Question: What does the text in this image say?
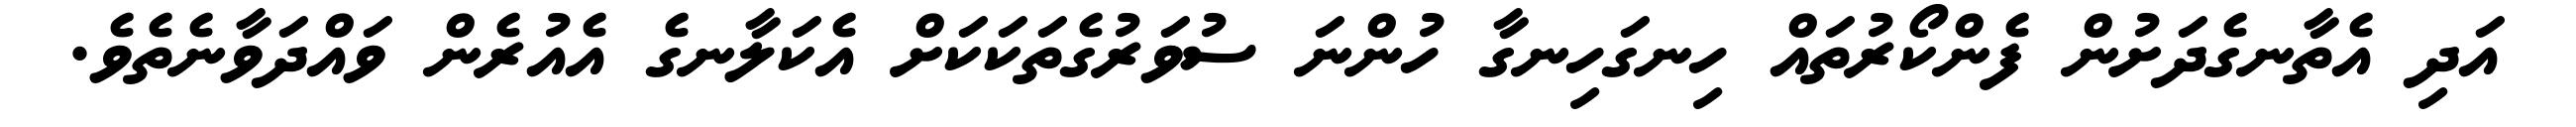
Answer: އަދި އެތާނގެދަށުން ފެންކޯރުތައް ހިނގަހިނގާ ހުންނަ ސުވަރުގެތަކަކަށް އެކަލާނގެ އެއުރެން ވައްދަވާނެތެވެ.